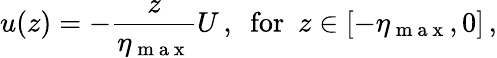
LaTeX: u(z)=-\frac{z}{\eta_{\mathrm{~m~a~x~}}}U\, ,\ \ \mathrm{for}\ \ z\in[-\eta_{\mathrm{~m~a~x~}},0]\, ,